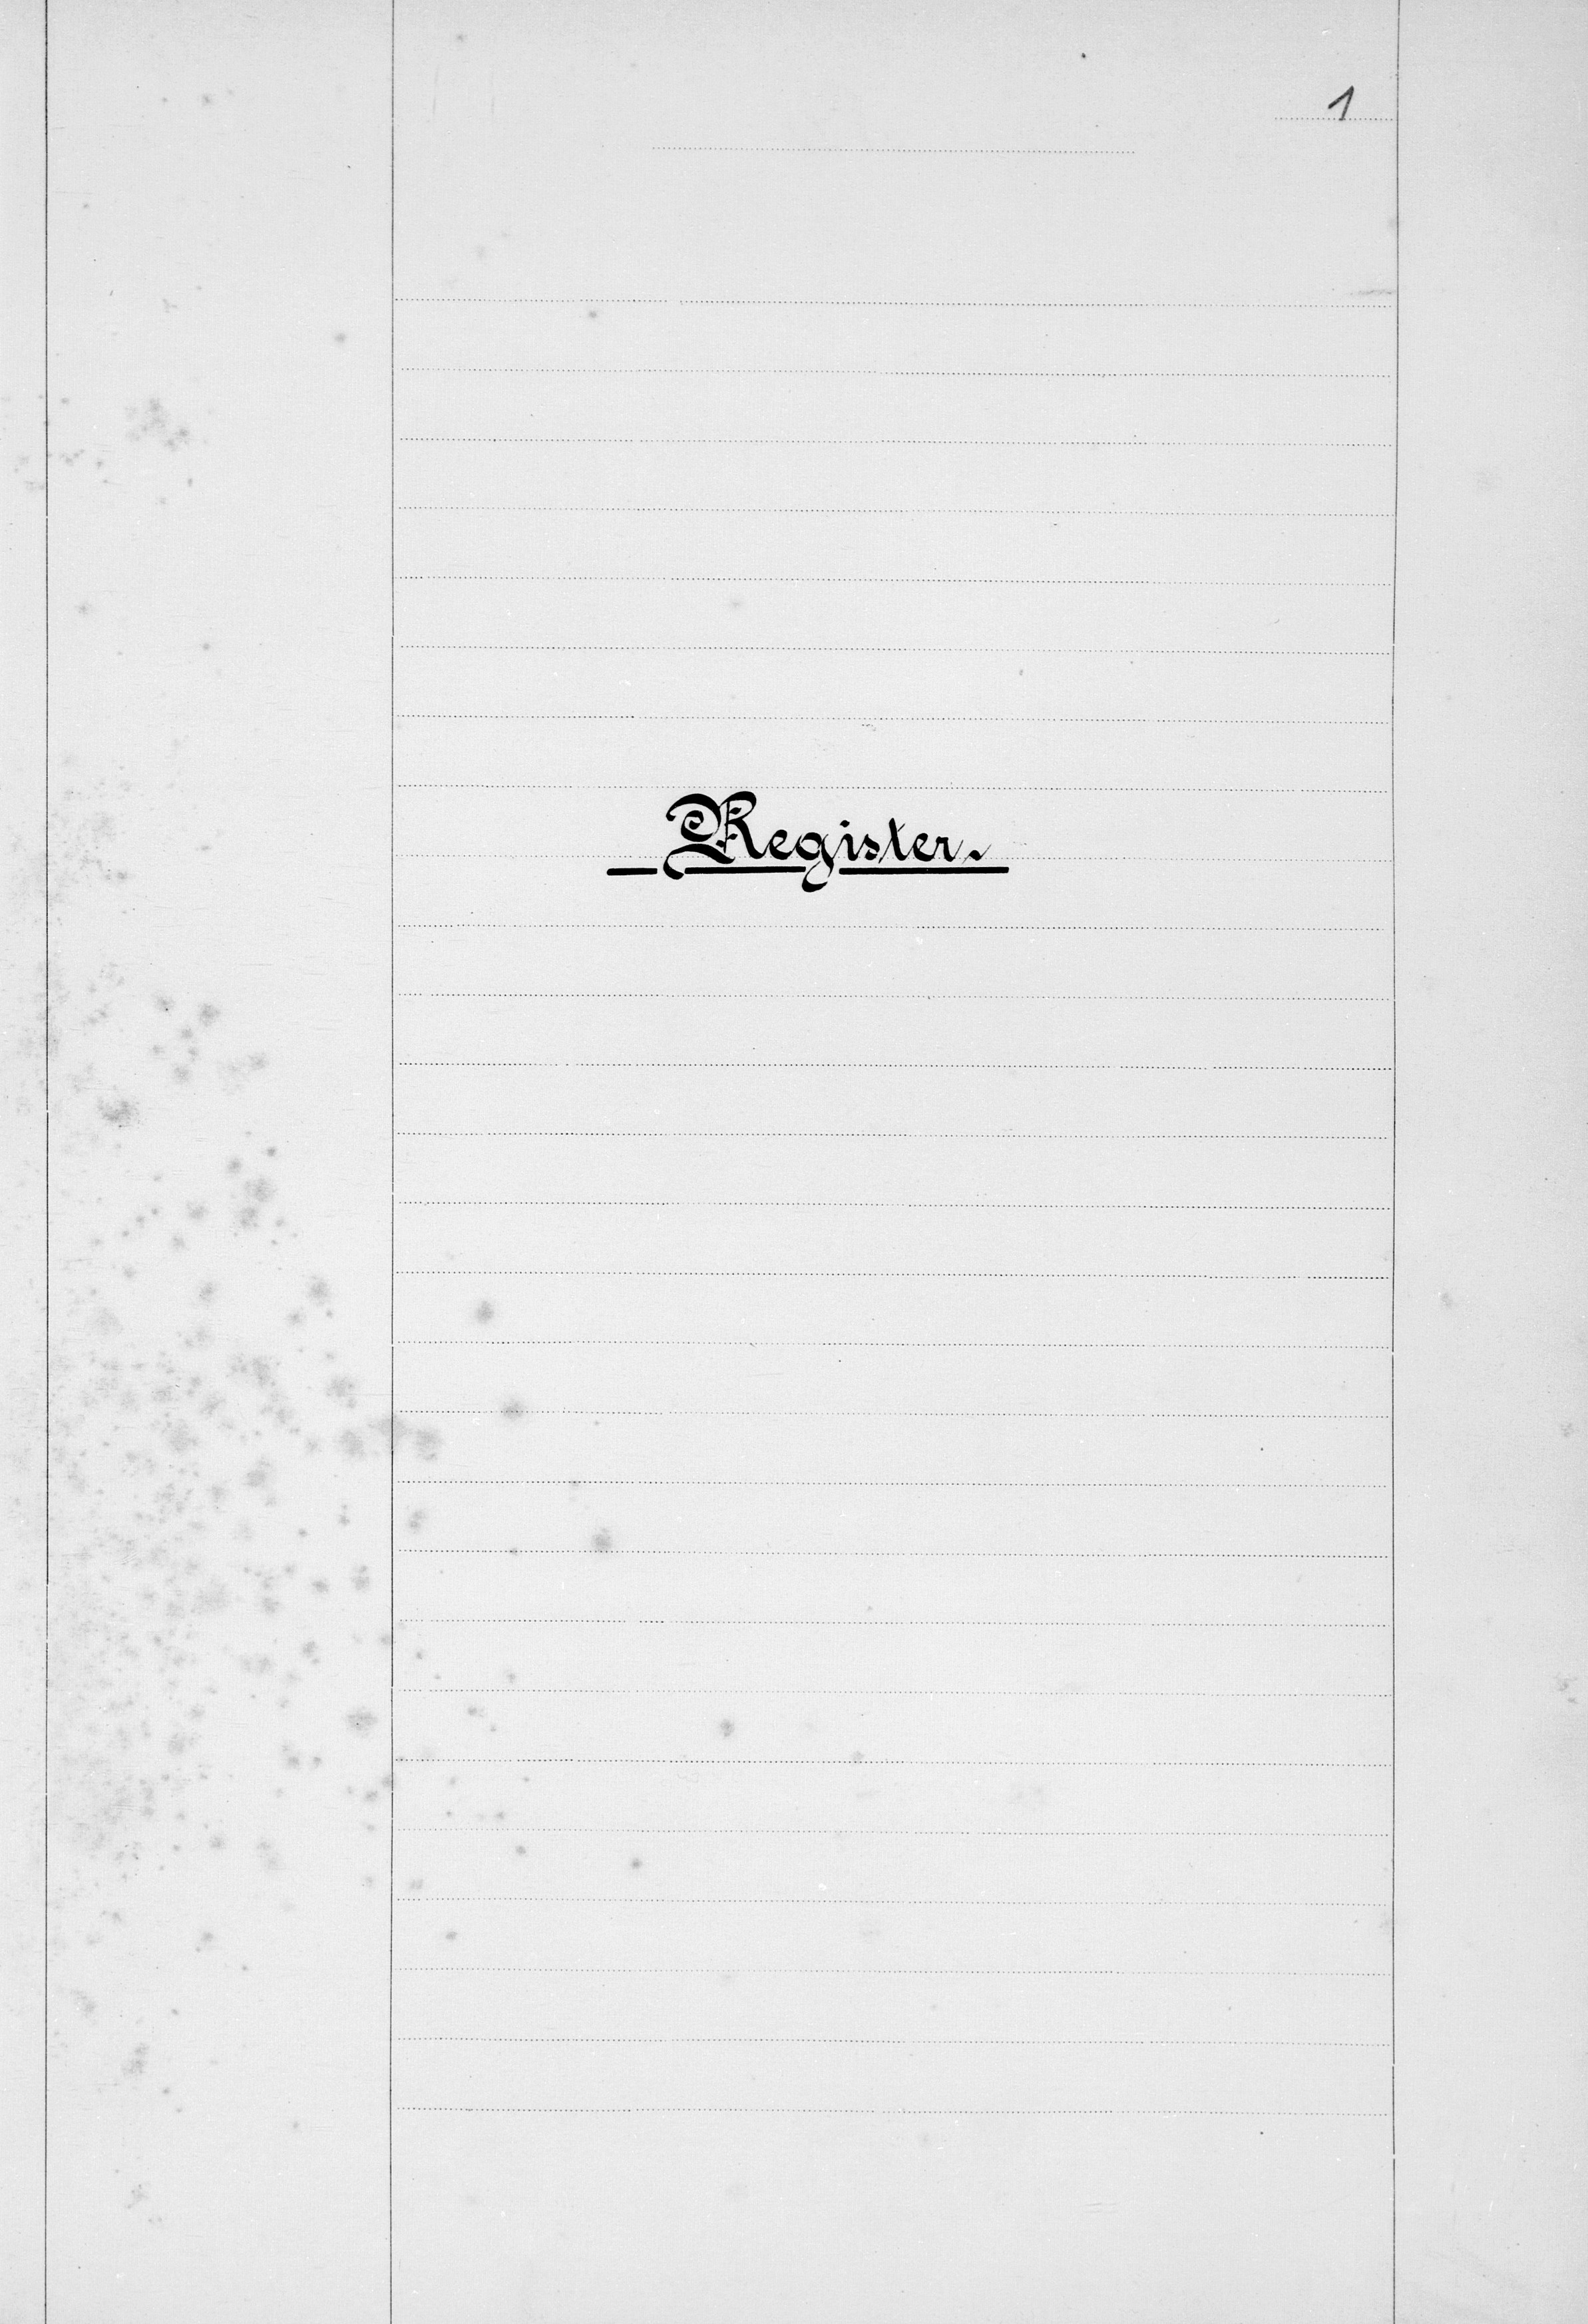
in

heutigen Missiven liegende
Schreiben zu erlassen.
von
16.
das
Stelle
I.